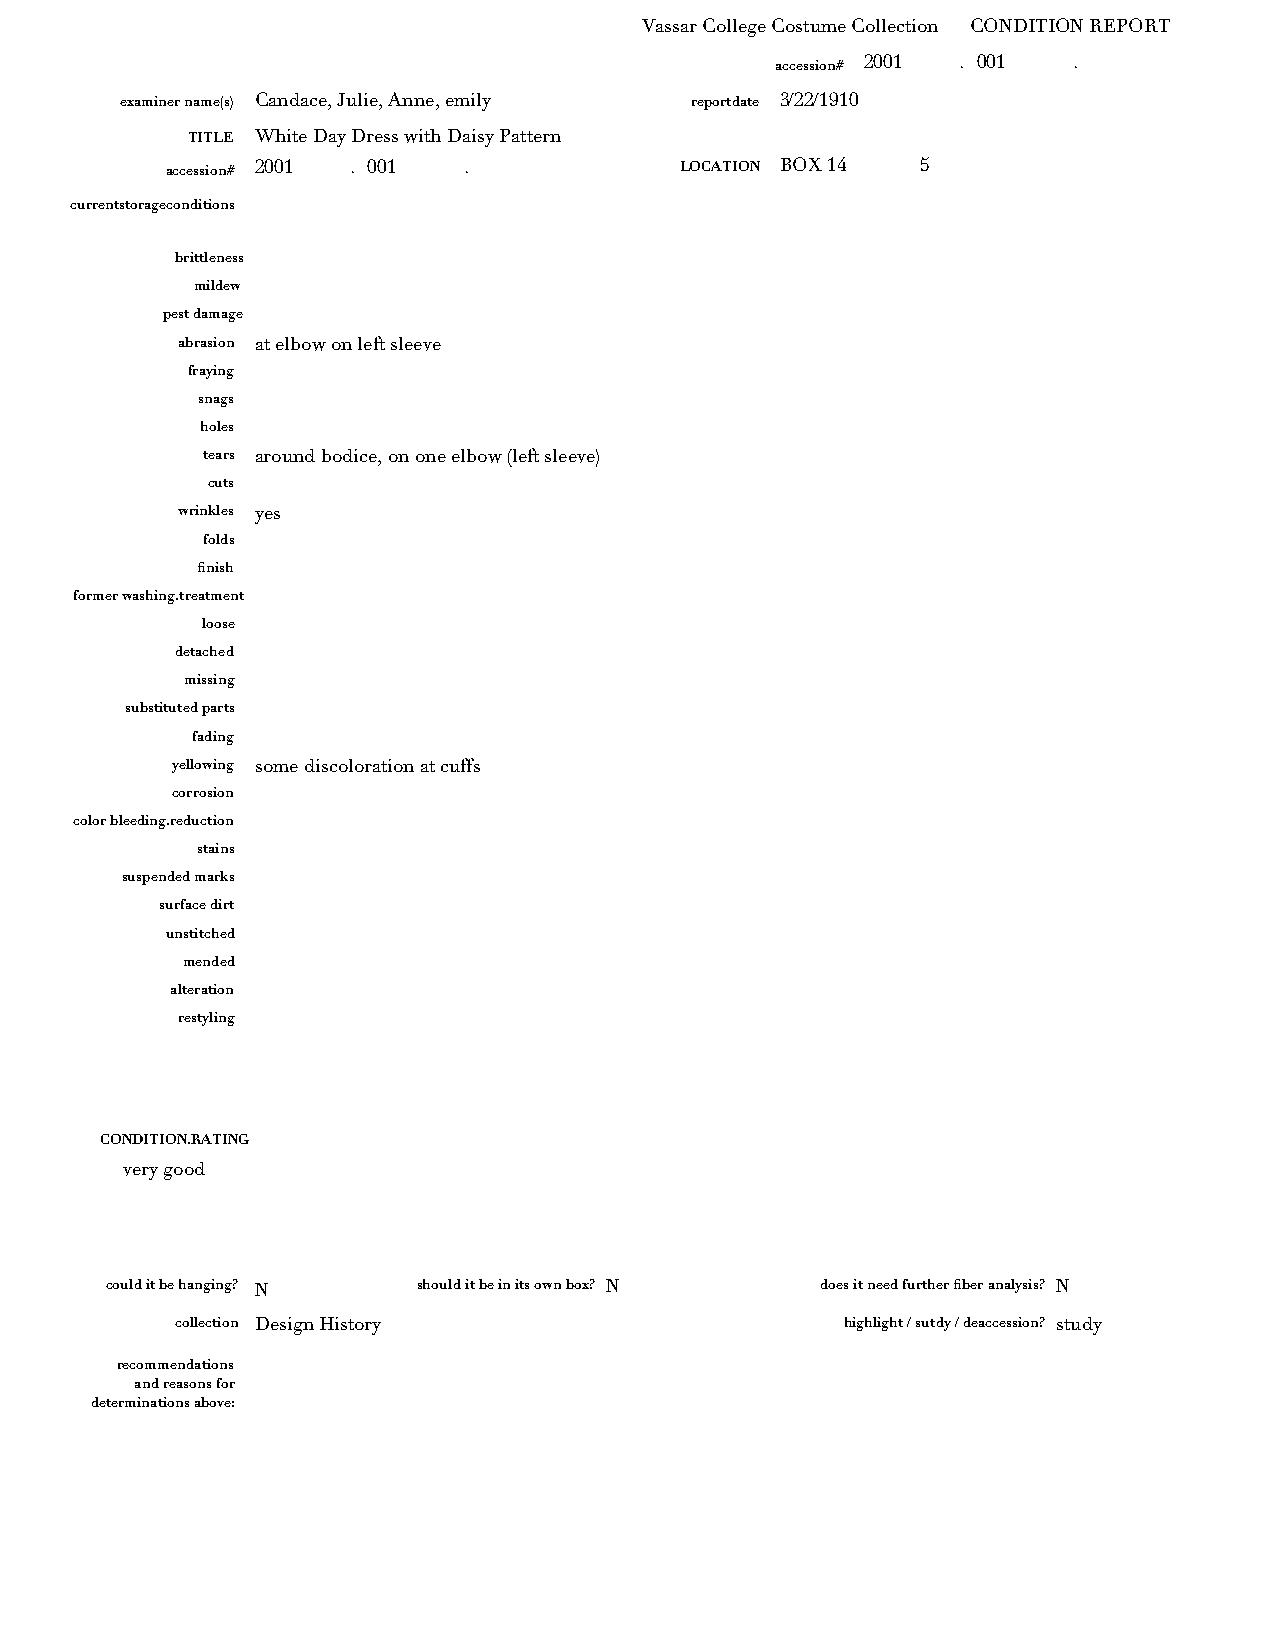
Vassar College Costume Collection CONDITION REPORT
 accession# 2001 . 001 .
 examiner name(s) Candace, Julie, Anne, emily reportdate 3/22/1910
 TITLE White Day Dress with Daisy Pattern
 accession# 2001 . 001 .           LOCATION BOX 14 5
 currentstorageconditions
 brittleness
 mildew
 pest damage
 abrasion at elbow on left sleeve
 fraying
 snags
 holes
 tears around bodice, on one elbow (left sleeve)
 cuts
 wrinkles yes
 folds
 finish
 former washing.treatment
 loose
 detached
 missing
 substituted parts
 fading
 yellowing some discoloration at cuffs
 corrosion
 color bleeding.reduction
 stains
 suspended marks
 surface dirt
 unstitched
 mended
 alteration
 restyling
 CONDITION.RATING
 very good
 could it be hanging? N should it be in its own box? N does it need further fiber analysis? N
 collection Design History                   highlight / sutdy / deaccession? study
 recommendations
 and reasons for
 determinations above: